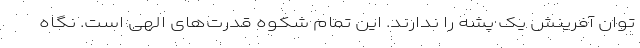
توان آفرینش یک پشه را ندارند. این تمام شکوه قدرت‌های الهی است. نگاه